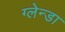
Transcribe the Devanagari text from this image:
ग्लेन्डा